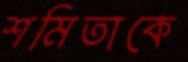
শমিতাকে